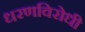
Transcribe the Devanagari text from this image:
धरणविरोधी